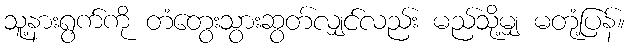
သူ့နားရွက်ကို တံတွေးသွားဆွတ်လျှင်လည်း မည်သို့မျှ မတုံ့ပြန်။